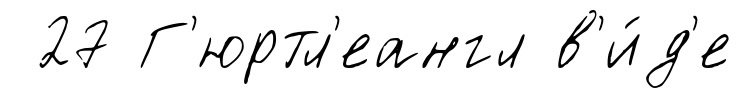
27 Г'юртл'еангл в'и́д'е